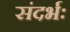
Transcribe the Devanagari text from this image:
संदर्भः